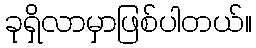
ခုရှိလာမှာဖြစ်ပါတယ်။